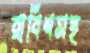
রাবিশসহ